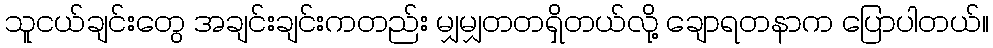
သူငယ်ချင်းတွေ အချင်းချင်းကတည်း မျှမျှတတရှိတယ်လို့ ချောရတနာက ပြောပါတယ်။